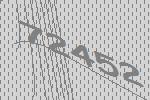
72452